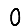
Digit: 0